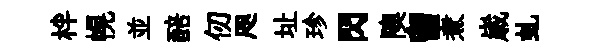
柈幌並醅仞咫址珍閃隩留煮𡻕虬